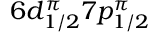
6 d _ { 1 / 2 } ^ { \pi } 7 p _ { 1 / 2 } ^ { \pi }